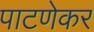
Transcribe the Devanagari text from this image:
पाटणेकर